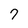
Character: 7